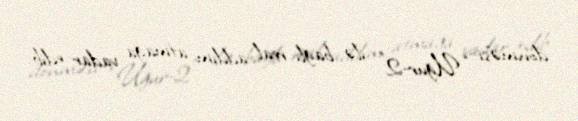
dönməsi “Uğur-2" ilə bağlı real addım atmağa vadar edib.